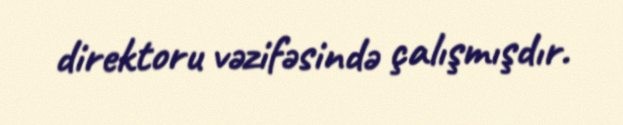
direktoru vəzifəsində çalışmışdır.